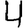
Digit: 4